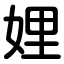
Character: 娌